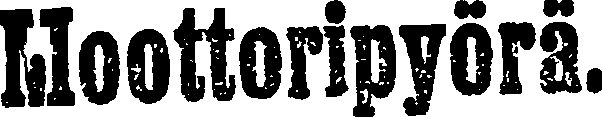
Moottoripyörä.